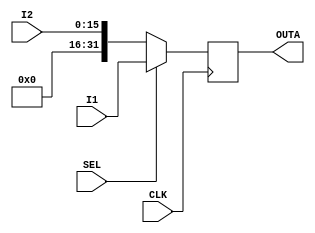
//Verilog code to realise a multiplexer

`timescale 1ns / 1ps

module mux_A (CLK,I1,I2,SEL,OUTA);

input CLK;
input [31:0] I1; //Output of ALU
input [15:0] I2; //Immediate value
input SEL;
output reg[31:0] OUTA;

reg [31:0] outA;

always@(posedge CLK)
begin
	if (SEL == 1 ) 
	begin
	OUTA <= I1;
	end
	else if (SEL == 0)
	 begin
	OUTA <= {16'b0000000000000000,I2};
	end
end
endmodule